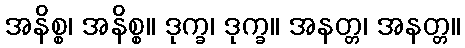
အနိစ္စ၊ အနိစ္စ။ ဒုက္ခ၊ ဒုက္ခ။ အနတ္တ၊ အနတ္တ။